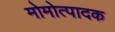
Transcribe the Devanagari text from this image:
मोमोत्पादक